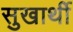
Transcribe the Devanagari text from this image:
सुखार्थी